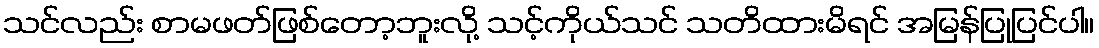
သင်လည်း စာမဖတ်ဖြစ်တော့ဘူးလို့ သင့်ကိုယ်သင် သတိထားမိရင် အမြန်ပြုပြင်ပါ။